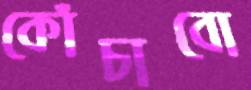
কোঁচাবো